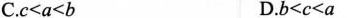
C.$$c<a<b$$D.$$b<c<a$$